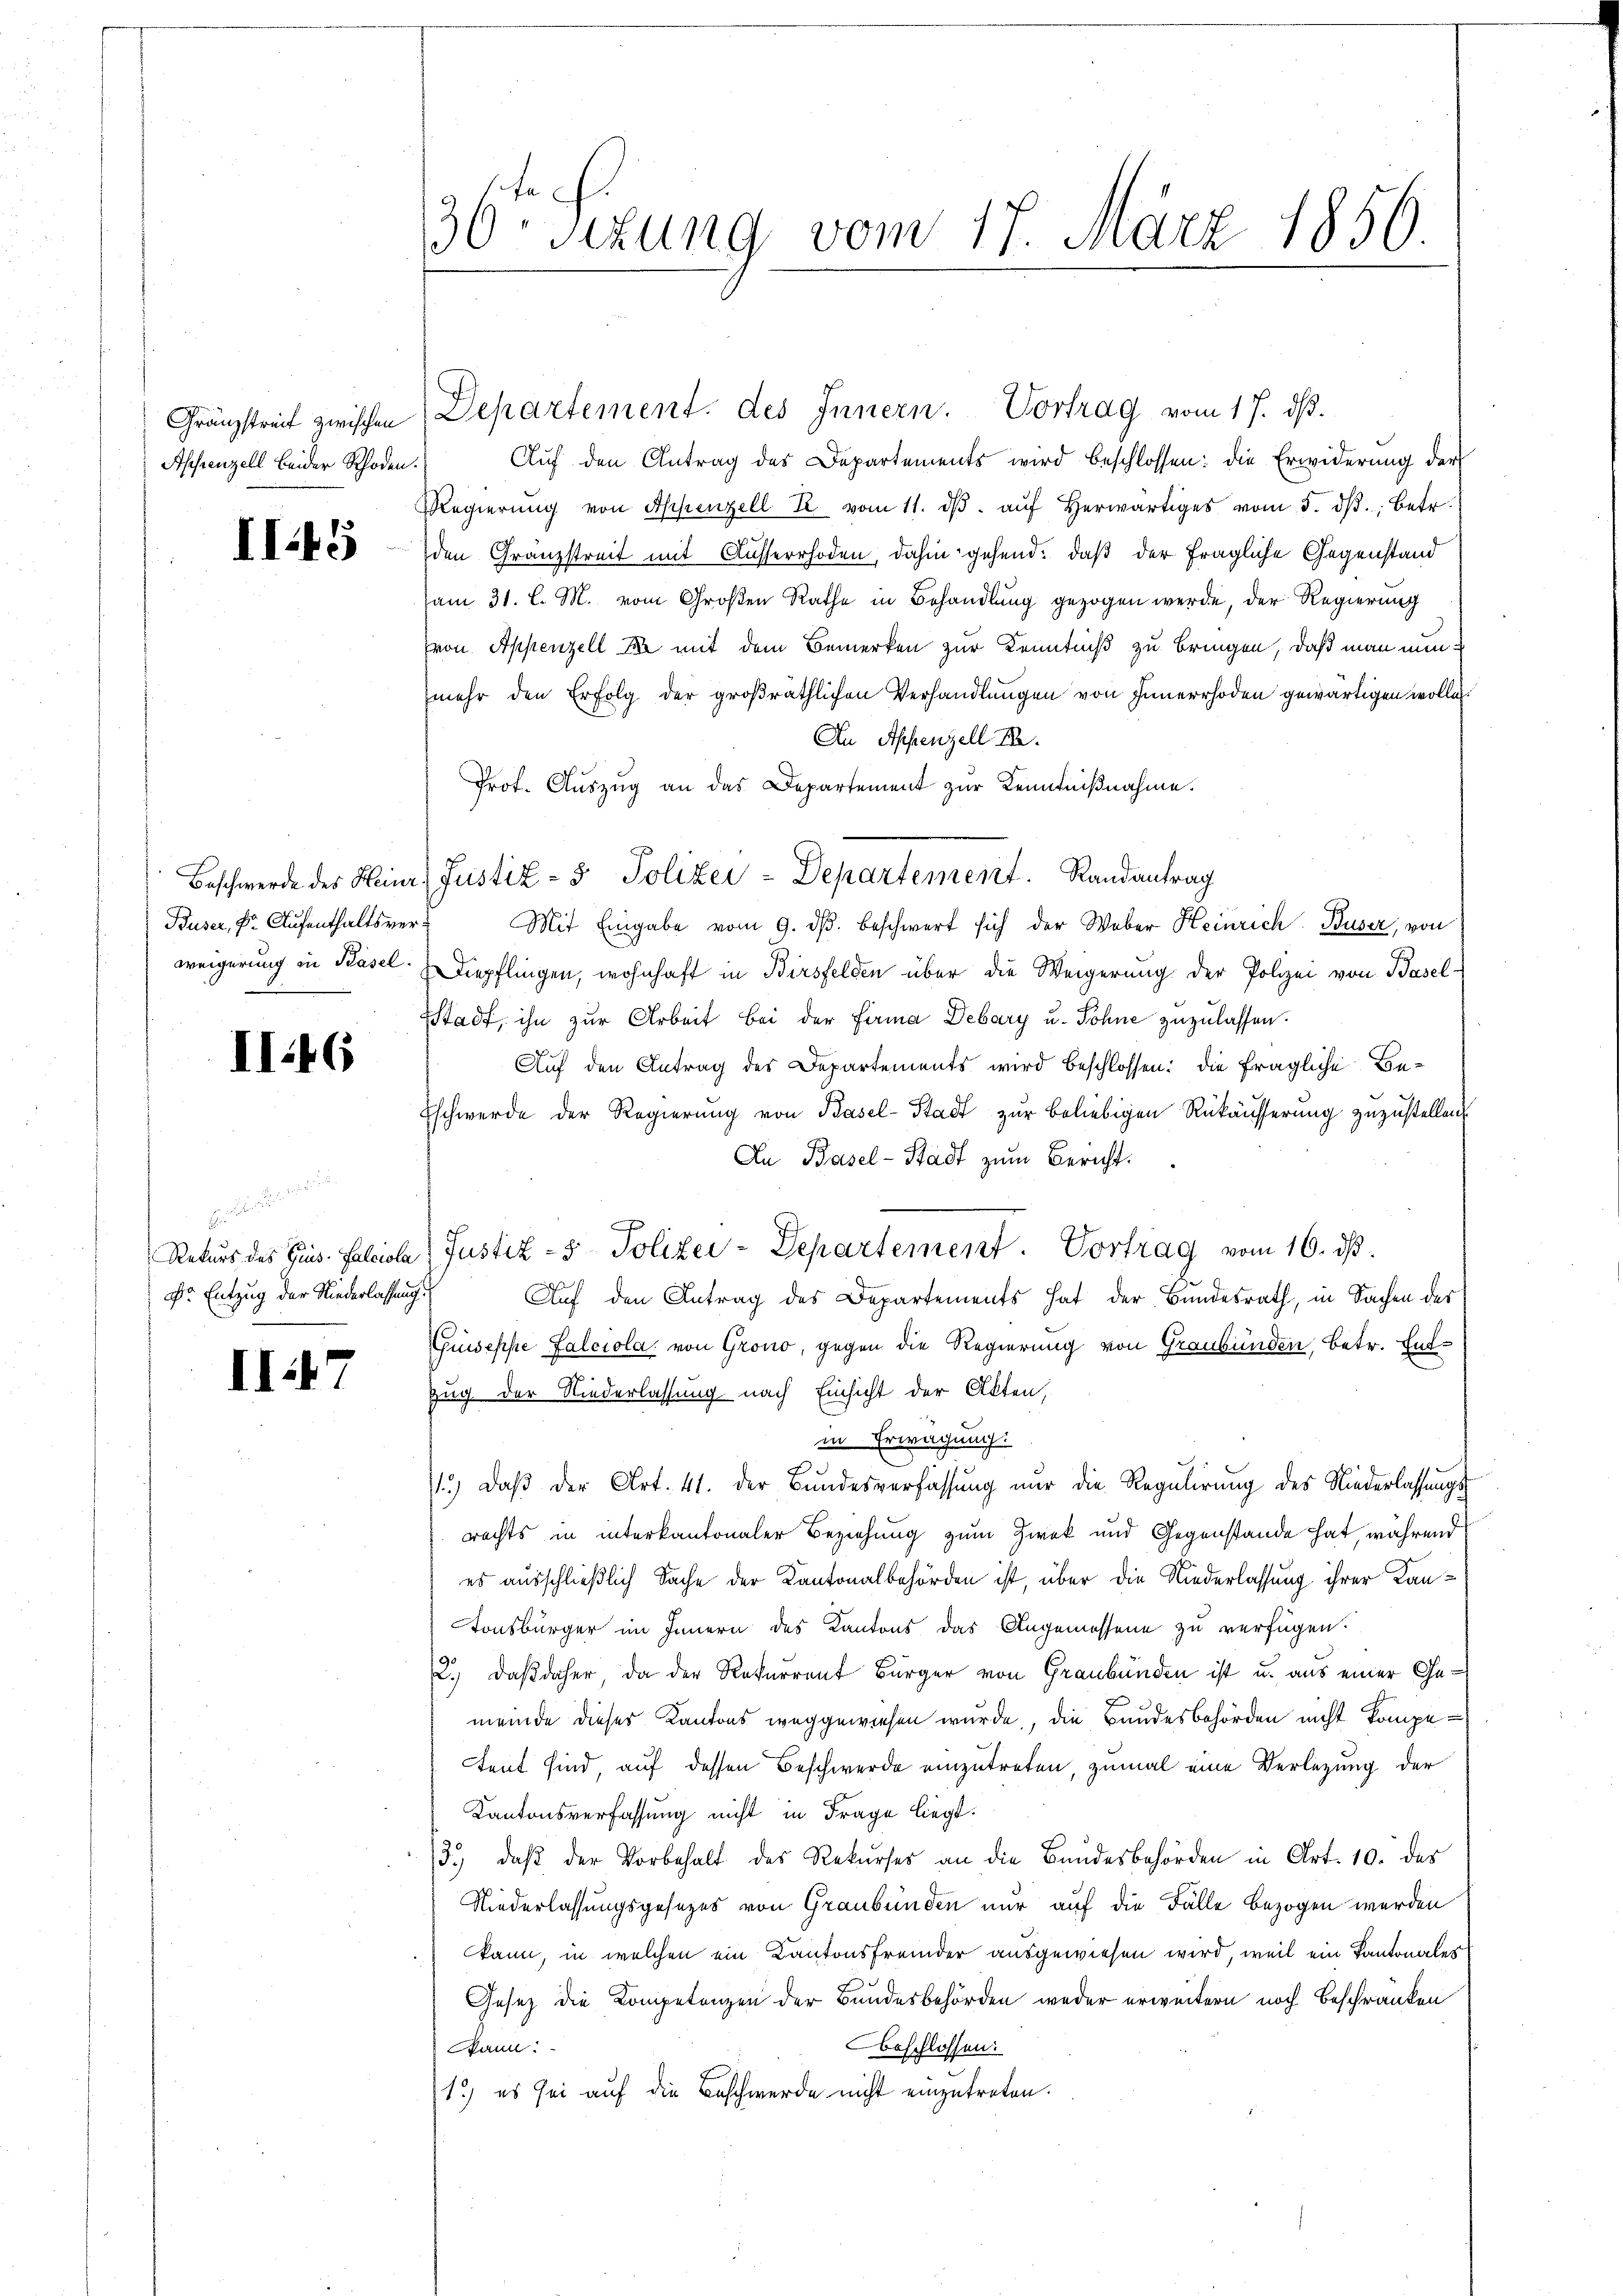
Gränzstreit zwischen
Affrenzell beider Rhoden

II 45

Buser, Fr. Aufenthaltsver¬

II46

d.
Dr. Entzug der Niederlassung.

II47

36 Sezung vom 17. März 1856

Departement. des Innern. Vortrag vom 17. dß.
Auf den Antrag des Departements wird beschlossen: die Erwiderung der
Regierŭng von Appenzell T. vom 11. dβ aŭf herwärtiges vom 5. dβ. betr.
den Granzstreit mit Ausserrhoden, dahin gehend, daß der fragliche Gegenstand
am 31. l. M. vom Großen Rathe in Behandlung gezogen werde, der Regierung
von Appenzell de mit dem Bemerken zur Kenntniß zu bringen, daß man nunmehr den Erfolg der großräthlichen Verhandlungen von Innerrhoden gewärtigen wollen.
An Appenzell P.
Prot. Auszug an das Departement zur Kenntnißnahme.
Mit Eingabe vom 9. dβ. beschwert sich der Weber Heinrich Buser, von
weigerung in Basel. Diepflingen, wohnhaft in Birsfelden über die Weigerung der Polizei von Basel-
Stadt, ihn zur Arbeit bei der Firma Debary u. Söhne zuzulassen.
Auf den Antrag des Departements wird beschlossen: die fragliche Be¬
Eschwerde der Regierŭng von Kasel-Stadt zŭr beliebigen Rükäŭsserŭng zŭzŭstellen
An Basel-Stadt zum Bericht.
Rekurs des Gins. Falciola Justiz- & Polizei-Departement. Vortrag vom 16. ds.
Auf den Antrag des Departements hat der Bundesrath, in Sachen des
Guiseppe Falciola, von Grono, gegen die Regierung von Graubünden, betr. Ent¬
Zug der Niederlassung nach Einsicht der Akten,
in Erwägung:
3
1.) Daβ der Art. 41. der Bundesverfassung nur die Regulirung des Niederlassungs-
rechts in interkantonaler Beziehung zum Zwek und Gegenstände hat, während
es ausschließlich Sache der Kantonalbehörden ist, über die Niederlassung ihrer Kan¬
Tonsbürger im Innern des Kantons das Angemessene zu verfügen.
2.) Daß daher, da der Rekurrent Bürger von Graubünden ist u. aus einer Gemeinde dieser Kantons weggewiesen wurde, die Bandesbehörden nicht kompetent sind, auf dessen Beschwerde einzutreten, zumal eine Verletzung der
Kantonsverfassung nicht in Frage liegt.
3.) daβ der Vorbehalt des Rekŭrses an die Bandesbehörden in Art. 10. des
Niederlassungsgesezes von Graubünden nur auf die Fälle bezogen werden
kann, in welchen ein Kantonsfremder ausgewiesen wird, weil ein Kantonaler
Gesetz die Kompetenzen der Bundesbehörden weder erweitern noch Beschränken
beschlossen:
Bann:
1) es sei auf die Beschwerde nicht einzutreten.

Beschwerde des Heinr. Justiz- & Polizei-Departement. Randantrag